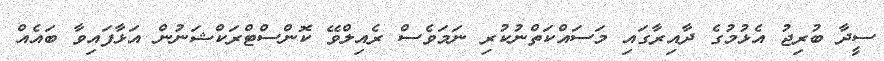
ސީދާ ބުރިޖު އެޅުމުގެ ދާއިރާގައި މަސައްކަތްނުކުރި ނަމަވެސް ރެއިލްވޭ ކޮންސްޓްރަކްޝަނުން އަޅާފައިވާ ބައެއް